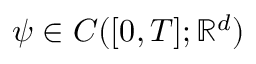
\psi \in C ( [ 0 , T ] ; \mathbb { R } ^ { d } )